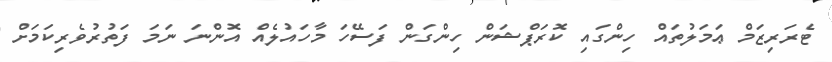
ޓެރަރިޒަމް ޢަމަލުތައް ހިންގައި ކޮރަޕްޝަން ހިންގަން ފަސޭހަ މާހައުލެއް އޮންނަ ނަމަ ފަތުރުވެރިކަމަށް